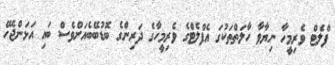
ފްލެޓް ވެރިމީހާ ނިޔާވާ ހާލަތްތަކުގަ އެފްލެޓްގެ ވެރިމީހާގެ ދަރިންގެ ބޮޑުބޭބެއަށްވެސް ބައި އަޅަންޖެހޭ